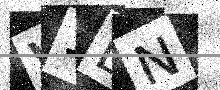
Text: W1DN